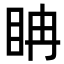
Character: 𥅆